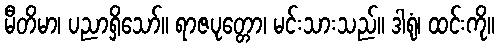
မီတိမာ၊ ပညာရှိသော်။ ရာဇပုတ္တော၊ မင်းသားသည်။ ဒါရုံ၊ ထင်းကို။